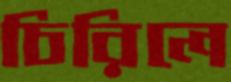
চিরিলে